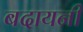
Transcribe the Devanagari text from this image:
बदायनी